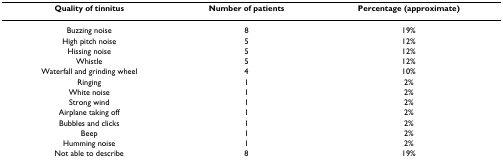
| Quality of tinnitus | Number of patients | Percentage (approximate) |
 | --- | --- | --- |
 | Buzzing noise | 8 | 19% |
 | High pitch noise | 5 | 12% |
 | Hissing noise | 5 | 12% |
 | Whistle | 5 | 12% |
 | Waterfall and grinding wheel | 4 | 10% |
 | Ringing | 1 | 2% |
 | White noise | 1 | 2% |
 | Strong wind | 1 | 2% |
 | Airplane taking off | 1 | 2% |
 | Bubbles and clicks | 1 | 2% |
 | Beep | 1 | 2% |
 | Humming noise | 1 | 2% |
 | Not able to describe | 8 | 19% |